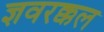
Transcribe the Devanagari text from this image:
ज्ञवरक्कल